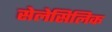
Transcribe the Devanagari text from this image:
सेलेसिलिक